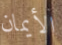
الأيمان